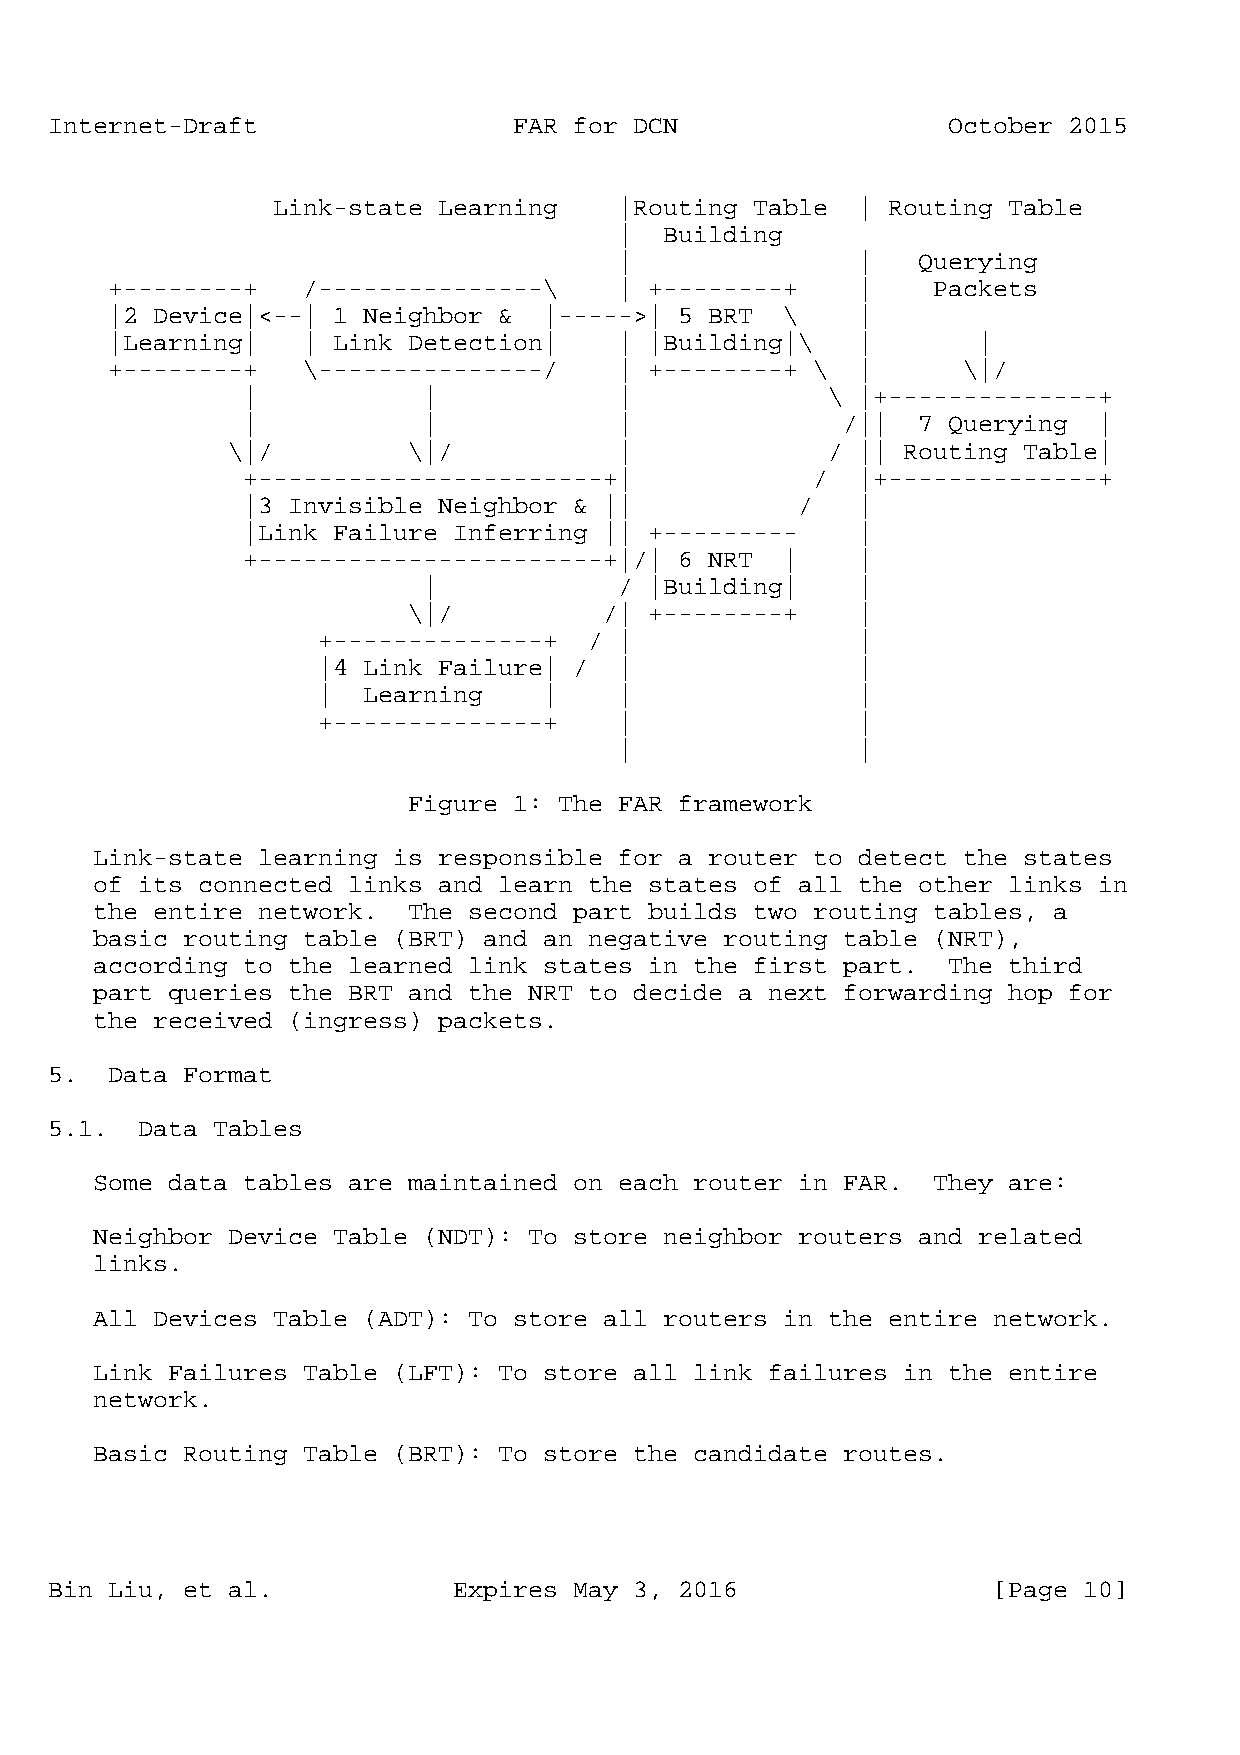
Internet-Draft                 FAR for DCN                  October 2015
 Link-state Learning    |Routing Table  | Routing Table
 |  Building
 |               |   Querying
 +--------+   /---------------\    | +--------+    |    Packets
 |2 Device|<--| 1 Neighbor &  |----->| 5 BRT  \    |
 |Learning|   | Link Detection|    | |Building|\   |       |
 +--------+   \---------------/    | +--------+ \  |      \|/
 |           |            |             \ |+--------------+
 |           |            |              /||  7 Querying  |
 \|/         \|/           |             / || Routing Table|
 +-----------------------+|            /  |+--------------+
 |3 Invisible Neighbor & ||           /   |
 |Link Failure Inferring || +---------    |
 +-----------------------+|/| 6 NRT  |    |
 |            / |Building|    |
 \|/          /| +--------+    |
 +--------------+  / |               |
 |4 Link Failure| /  |               |
 |  Learning    |    |               |
 +--------------+    |               |
 |               |
 Figure 1: The FAR framework
 Link-state learning is responsible for a router to detect the states
 of its connected links and learn the states of all the other links in
 the entire network.  The second part builds two routing tables, a
 basic routing table (BRT) and an negative routing table (NRT),
 according to the learned link states in the first part.  The third
 part queries the BRT and the NRT to decide a next forwarding hop for
 the received (ingress) packets.
 5.  Data Format
 5.1.  Data Tables
 Some data tables are maintained on each router in FAR.  They are:
 Neighbor Device Table (NDT): To store neighbor routers and related
 links.
 All Devices Table (ADT): To store all routers in the entire network.
 Link Failures Table (LFT): To store all link failures in the entire
 network.
 Basic Routing Table (BRT): To store the candidate routes.
 Bin Liu, et al.            Expires May 3, 2016                 [Page 10]